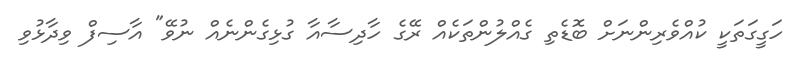
ހަގީގަތަކީ ކުއްވެރިންނަށް ބޮޑެތި ގެއްލުންތަކެއް ރޭގެ ހާދިސާއާ ގުޅިގެންނެއް ނުވޭ" އާސިފް ވިދާޅުވި